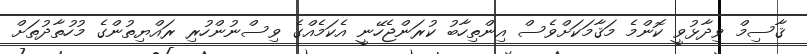
ޤާސިމް ވިދާޅުވީ ކޮންމެ މަޤާމަކަށްވެސް އިންތިހާބު ކުރަންޖެހޭނީ އެކަމެއްގެ ވިސްނުންހުރި ރައްޔިތުންގެ މުހުތާދުތަށް